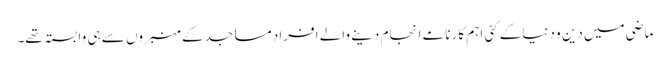
ماضی میں دین و دنیاکے کئی اہم کارنامے انجام دینے والے افراد مساجدکے منبروں سے ہی وابستہ تھے۔